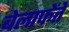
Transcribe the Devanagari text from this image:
बेलाफेंते